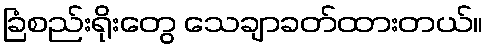
ခြံစည်းရိုးတွေ သေချာခတ်ထားတယ်။